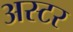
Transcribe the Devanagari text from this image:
अस्टर